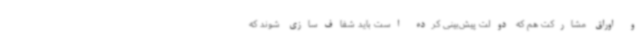
و اوراق مشارکت هم که دولت پیش‌بینی کرده است باید شفاف‌سازی شوند که